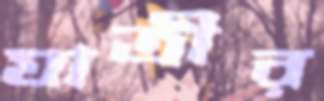
যাত্রীর